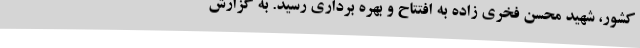
کشور، شهید محسن فخری زاده به افتتاح و بهره برداری رسید. به گزارش